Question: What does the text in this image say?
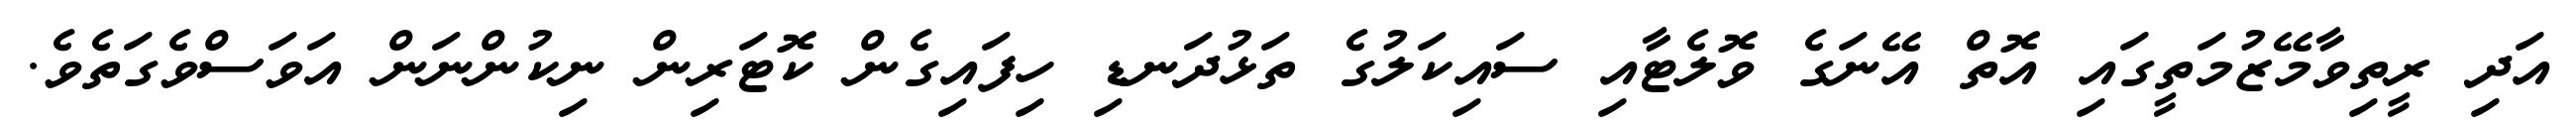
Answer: އަދި ރީތިވާމޭޒުމަތީގައި އޮތް އޭނަގެ ވޮލެޓާއި ސައިކަލުގެ ތަޅުދަނޑި ހިފައިގެން ކޮޓަރިން ނިކުންނަން އަވަސްވެގަތެވެ.